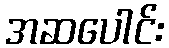
အဆပေါင်း